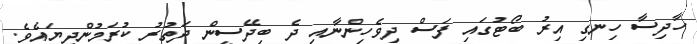
ހާދިސާ ހިނގި އިރު ބޯޓުގައި ފަސް ދިވެހިންނާއި ދެ ބިދޭސީން ދަތުރު ކުރަމުންދިޔައެވެ.